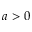
a > 0